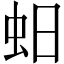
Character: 蚎